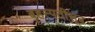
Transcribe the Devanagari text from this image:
बृहस्पतीसूत्र